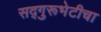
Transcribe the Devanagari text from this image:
सद्गुरूभेटीचा